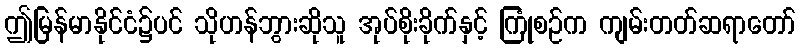
ဤမြန်မာနိုင်ငံ၌ပင် သိုဟန်ဘွားဆိုသူ အုပ်စိုးခိုက်နှင့် ကြုံစဉ်က ကျမ်းတတ်ဆရာတော်